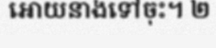
អោយនាងទៅចុះ។ ២